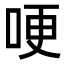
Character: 哽